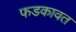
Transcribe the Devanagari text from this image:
फडकावत